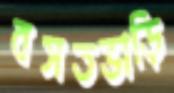
বসতভাড়ি